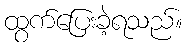
ထွက်ပြေးခဲ့ရသည်။